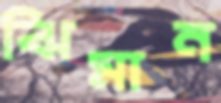
ঝিমান